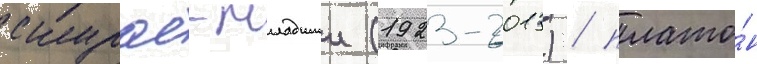
скурас-младшии (1923-2013) / плато́н